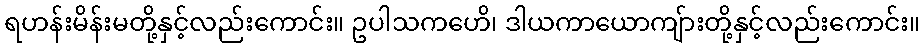
ရဟန်းမိန်းမတို့နှင့်လည်းကောင်း။ ဥပါသကဟေိ၊ ဒါယကာယောကျ်ားတို့နှင့်လည်းကောင်း။